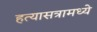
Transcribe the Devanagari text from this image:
हत्यासत्रामध्ये